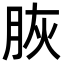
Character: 脄